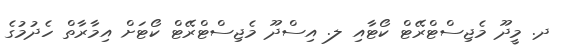
ދ. މީދޫ މެޖިސްޓްރޭޓް ކޯޓާއި ލ. އިސްދޫ މެޖިސްޓްރޭޓް ކޯޓަށް އިމާރާތް ހެދުމުގެ